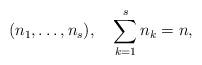
LaTeX: \begin{align*}(n_1,\ldots, n_s), \quad \sum_{k=1}^s n_k=n,\end{align*}